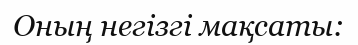
Оның негізгі мақсаты: